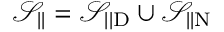
\mathcal { S } _ { | | } = \mathcal { S } _ { | | \mathrm { D } } \cup \mathcal { S } _ { | | \mathrm { N } }